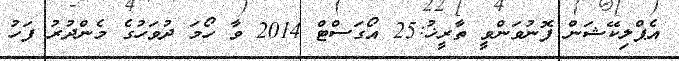
އެޕްލިކޭޝަން ފޮނުވަންވީ ތާރީޚު:25 އޯގަސްޓް 2014 ވާ ހޯމަ ދުވަހުގެ މެންދުރު ފަހު